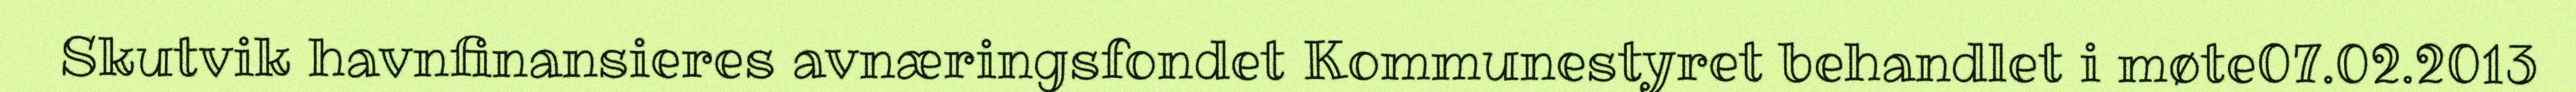
Skutvik havnfinansieres avnæringsfondet Kommunestyret behandlet i møte07.02.2013